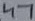
Text: 47